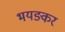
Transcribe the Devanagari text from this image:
भयङ्कर